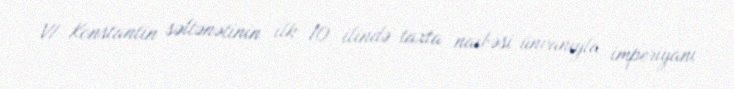
VI Konstantin səltənətinin ilk 10 ilində taxta naibəsi ünvanıyla imperiyanı